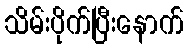
သိမ်းပိုက်ပြီးနောက်